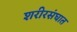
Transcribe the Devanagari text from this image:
शरीरसंघात